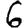
Digit: 6